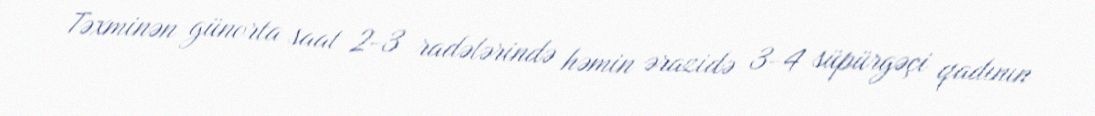
Təxminən günorta saat 2-3 radələrində həmin ərazidə 3-4 süpürgəçi qadının